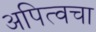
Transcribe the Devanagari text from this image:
अपित्वचा